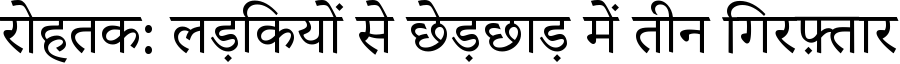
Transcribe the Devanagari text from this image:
रोहतक: लड़कियों से छेड़छाड़ में तीन गिरफ़्तार